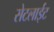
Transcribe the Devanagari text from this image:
सेटलाईट